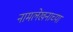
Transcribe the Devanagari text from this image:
नामलेखनाच्या